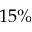
1 5 \%